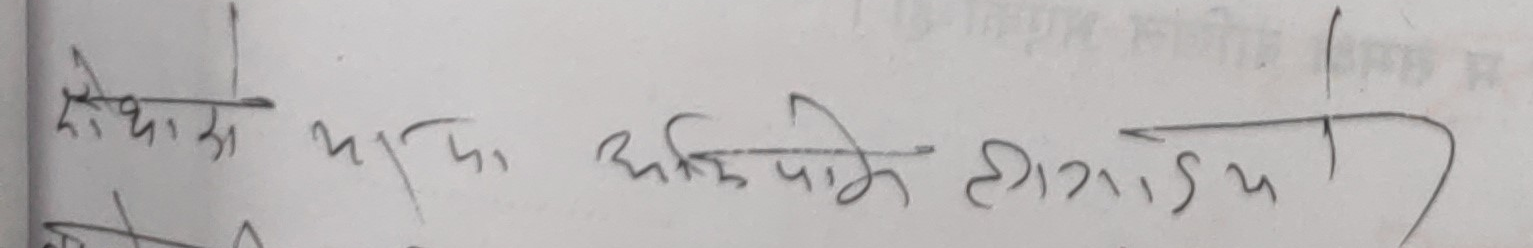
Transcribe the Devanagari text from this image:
जोड्यास कदापि अधिमे लाग्यो य